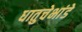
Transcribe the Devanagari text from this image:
धातुचेभांडे